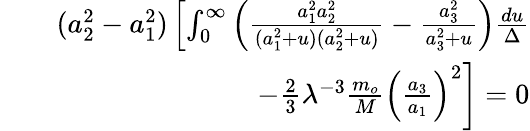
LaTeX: \begin{array}{rlr}&{}&{(a_{2}^{2}-a_{1}^{2})\left[\int_{0}^{\infty}\left(\frac{a_{1}^{2}a_{2}^{2}}{(a_{1}^{2}+u)(a_{2}^{2}+u)}-\frac{a_{3}^{2}}{a_{3}^{2}+u}\right)\frac{du}{\Delta}\right.}\\ &{}&{\left.-\frac{2}{3}\lambda^{-3}\frac{m_{o}}{M}\left(\frac{a_{3}}{a_{1}}\right)^{2}\right]=0}\end{array}